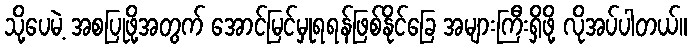
သို့ပေမဲ့ အစပြုဖို့အတွက် အောင်မြင်မှုရရန်ဖြစ်နိုင်ခြေ အများကြီးရှိဖို့ လိုအပ်ပါတယ်။